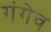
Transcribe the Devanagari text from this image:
गंगेव